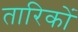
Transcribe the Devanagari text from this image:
तारिकों